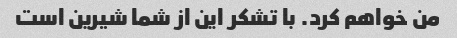
من خواهم کرد. با تشکر این از شما شیرین است